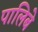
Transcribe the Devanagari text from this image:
पालिबे